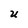
Character: U